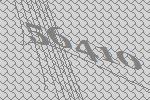
56410